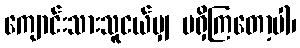
ကျောင်းသားသူငယ်မျှ မရှိကြတော့ပါ၊